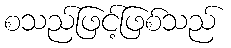
စသည်ဖြင့်ဖြစ်သည်